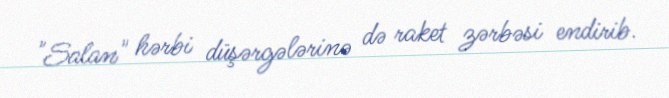
"Salan" hərbi düşərgələrinə də raket zərbəsi endirib.